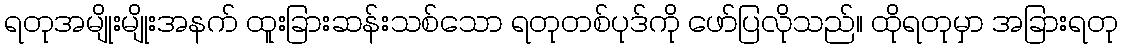
ရတုအမျိုးမျိုးအနက် ထူးခြားဆန်းသစ်သော ရတုတစ်ပုဒ်ကို ဖော်ပြလိုသည်။ ထိုရတုမှာ အခြားရတု